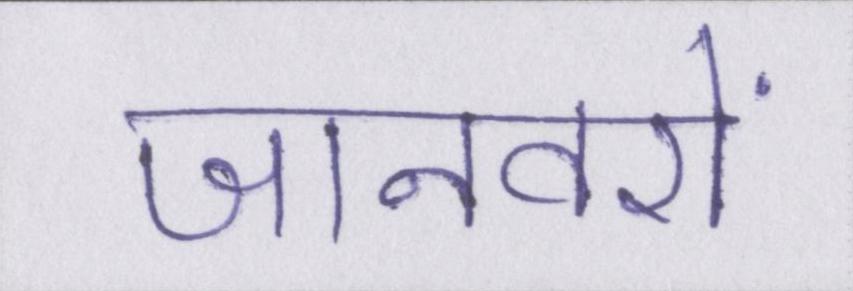
जानवरों